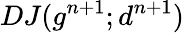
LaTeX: DJ(g^{n+1};d^{n+1})